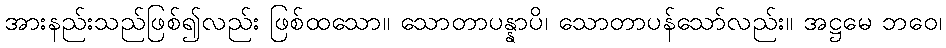
အားနည်းသည်ဖြစ်၍လည်း ဖြစ်ထသော။ သောတာပန္နာပိ၊ သောတာပန်သော်လည်း။ အဋ္ဌမေ ဘဝေ၊